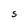
Character: S